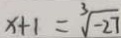
x + 1 = \sqrt [ 3 ] { - 2 7 }